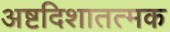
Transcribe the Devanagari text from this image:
अष्टदिशातत्मक